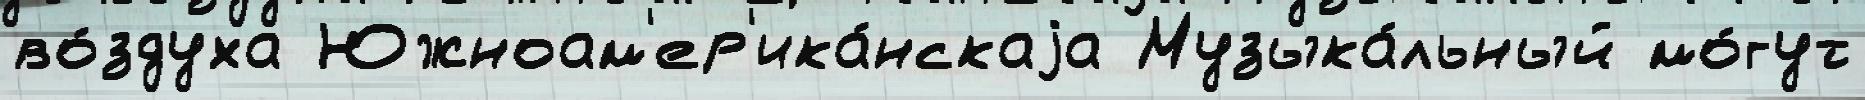
во́здуха Южноам'ер'ика́нскаjа Музыка́льный мо́гут